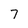
Character: 7